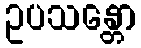
ဥပသန္တော